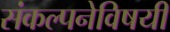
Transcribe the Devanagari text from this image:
संकल्पनेविषयी